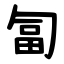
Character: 匐